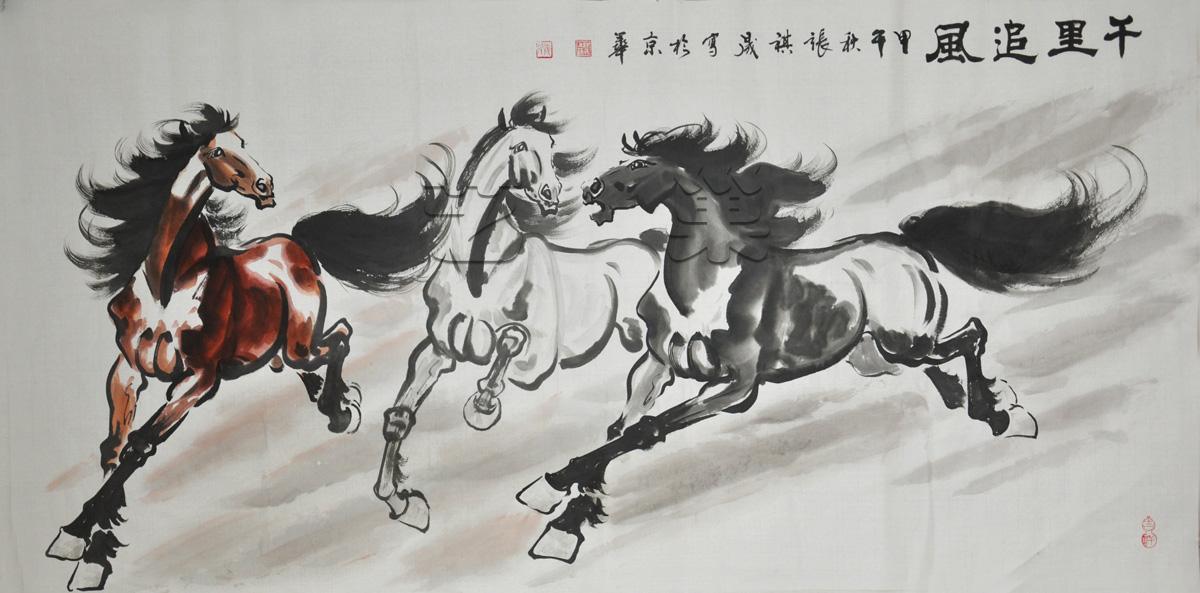
客心已百念，孤游重千里。